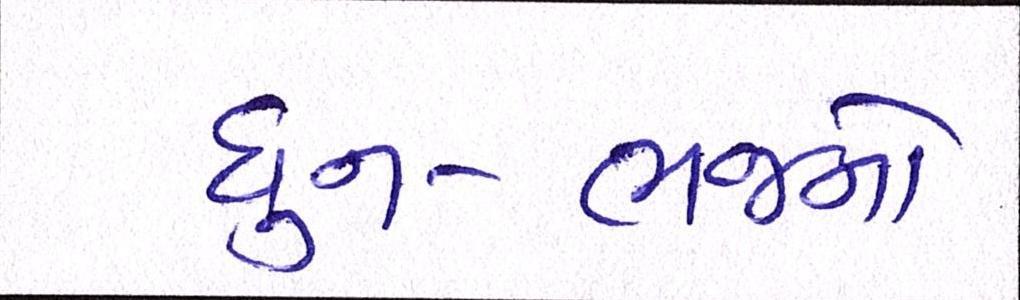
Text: ધુન-ભજનો